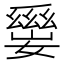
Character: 𡢛